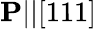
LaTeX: \mathbf{P}||[111]